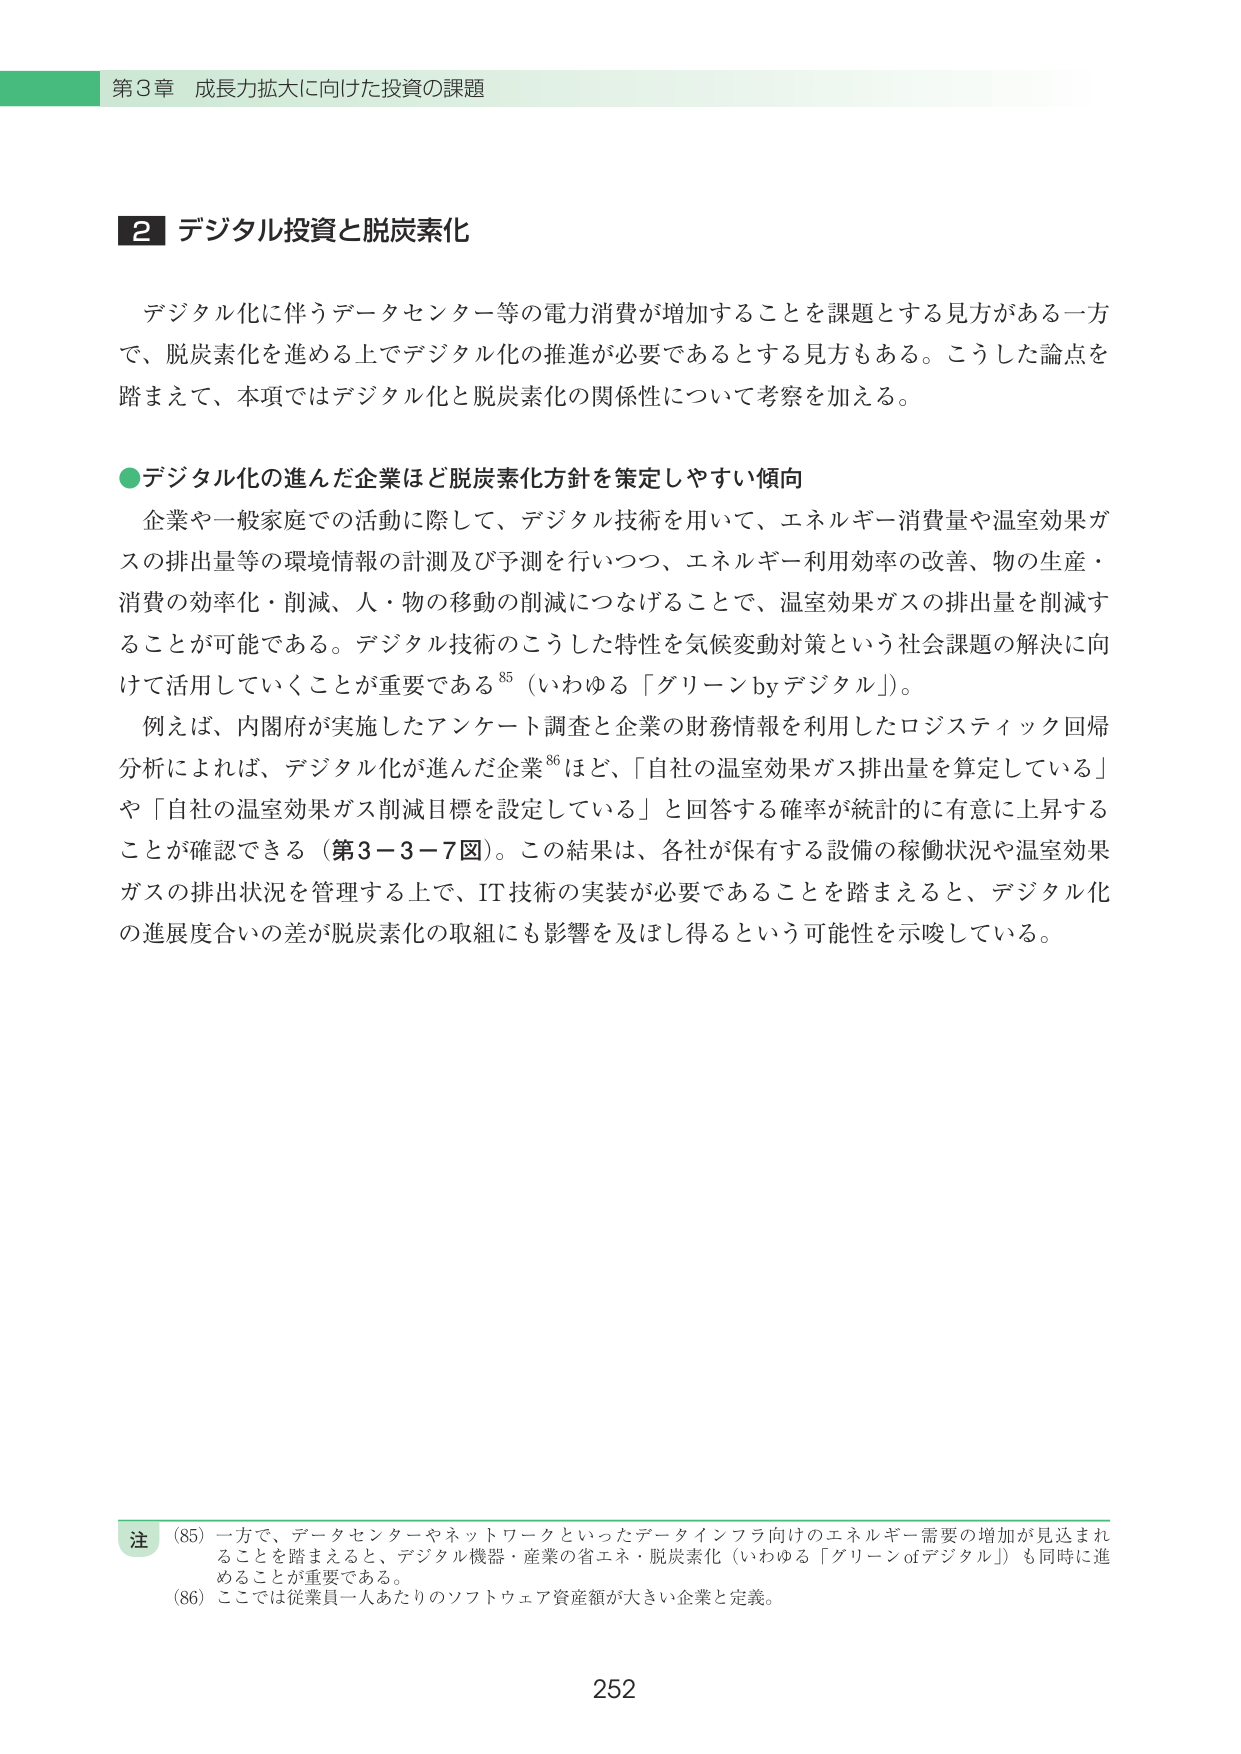
第3章 成長力拡大に向けた投資の課題

2 デジタル投資と脱炭素化

デジタル化に伴うデータセンター等の電力消費が増加することを課題とする見方がある一方で、脱炭素化を進める上でデジタル化の推進が必要であるとする見方もある。こうした論点を踏まえて、本項ではデジタル化と脱炭素化の関係性について考察を加える。

●デジタル化の進んだ企業ほど脱炭素化方針を策定しやすい傾向

企業や一般家庭での活動に際して、デジタル技術を用いて、エネルギー消費量や温室効果ガスの排出量等の環境情報の計測及び予測を行いつつ、エネルギー利用効率の改善、物の生産・消費の効率化・削減、人・物の移動の削減につなげることで、温室効果ガスの排出量を削減することが可能である。デジタル技術のこうした特性を気候変動対策という社会課題の解決に向けて活用していくことが重要である⁸⁵（いわゆる「グリーン by デジタル」）。

例えば、内閣府が実施したアンケート調査と企業の財務情報を用いたロジスティック回帰分析によれば、デジタル化が進んだ企業⁸⁶ほど、「自社の温室効果ガス排出量を算定している」や「自社の温室効果ガス削減目標を設定している」と回答する確率が統計的に有意に上昇することが確認できる（第3－3－7図）。この結果は、各社が保有する設備の稼働状況や温室効果ガスの排出状況を管理する上で、IT技術の実装が必要であることを踏まえると、デジタル化の進展度合いの差が脱炭素化の取組にも影響を及ぼし得るという可能性を示唆している。

注
(85) 一方で、データセンターやネットワークといったデータインフラ向けのエネルギー需要の増加が見込まれることを踏まえると、デジタル機器・産業の省エネ・脱炭素化（いわゆる「グリーン of デジタル」）も同時に進めることが重要である。
(86) ここでは従業員一人あたりのソフトウェア資産額が大きい企業と定義。

252